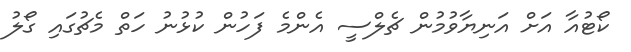
ކޯޓުއާ އަށް އަނިޔާވުމުން ޗެލްސީ އެންމެ ފަހުން ކުޅުނު ހަތް މެޗުގައި ގޯލު